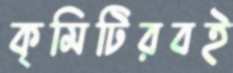
কৃমিটিরবই